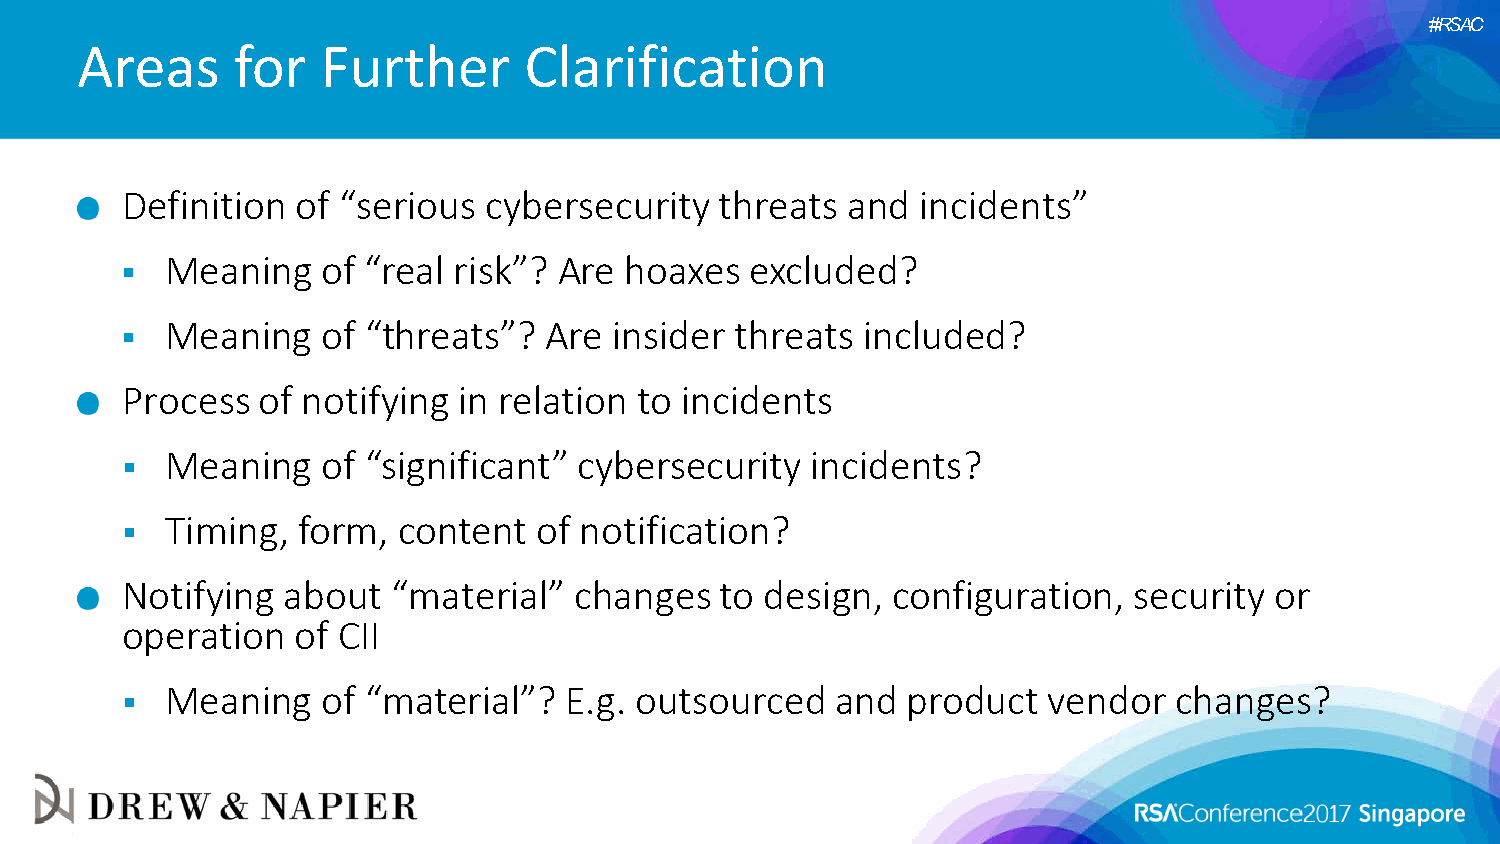
#RSAC
 Areas     for   Further       Clarification
 Definition  of “serious cybersecurity   threats and  incidents”
   Meaning   of “real risk”? Are hoaxes   excluded?
   Meaning   of “threats”?  Are  insider threats included?
 Process  of notifying in relation to incidents
   Meaning   of “significant” cybersecurity   incidents?
   Timing,  form, content  of notification?
 Notifying  about  “material”  changes   to design, configuration,  security or
 operation  of CII
   Meaning   of “material”?  E.g. outsourced   and  product  vendor   changes?